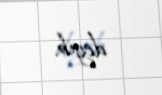
deyib.